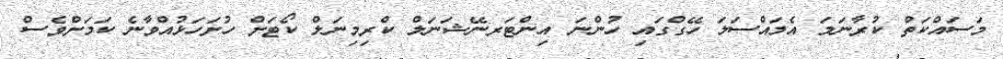
މަސައްކަތް ކުރާނަމަ އެމައްސަލަ ހޭގްގައި ހުންނަ އިންޓަރނޭޝަނަލް ކްރިމިނަލް ކޯޓަށް ހުށަހަޅުއްވާނެ ކަމަށްވެސް